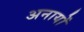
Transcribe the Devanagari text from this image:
अनायों